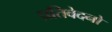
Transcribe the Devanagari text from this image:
प्रतिवेदनो